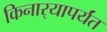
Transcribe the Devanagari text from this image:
किनार्‍यापर्यंत